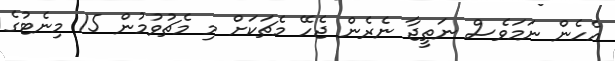
އެހެން ނަމަވެސް ނަތީޖާ ނެރެން ޖެހޭ މެޗަކަށް މި މެޗުވުމުން 15 މިނެޓުގެ